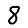
Digit: 8